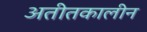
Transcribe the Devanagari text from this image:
अतीतकालीन